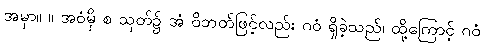
အမှာ။ ။ အဝံမှိ စ သုတ်၌ အံ ဝိဘတ်ဖြင့်လည်း ဂဝံ ရှိခဲ့သည်၊ ထို့ကြောင့် ဂဝံ